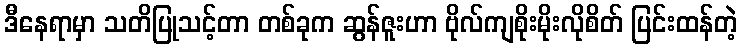
ဒီနေရာမှာ သတိပြုသင့်တာ တစ်ခုက ဆွန်ဇူးဟာ ဗိုလ်ကျစိုးမိုးလိုစိတ် ပြင်းထန်တဲ့